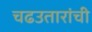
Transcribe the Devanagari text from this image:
चढउतारांची